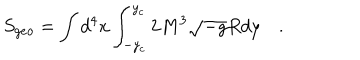
S _ { g e o } = \int d ^ { 4 } x \int _ { - y _ { c } } ^ { y _ { c } } 2 M ^ { 3 } \sqrt { - g } R d y \quad .